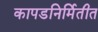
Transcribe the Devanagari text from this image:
कापडनिर्मितीत